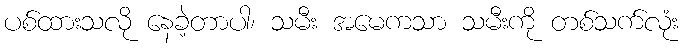
ပစ်ထားသလို နေခဲ့တာပါ၊ သမီး အမေကသာ သမီးကို တစ်သက်လုံး